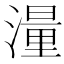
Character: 𪷑